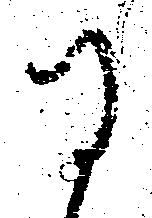
に